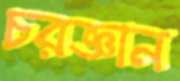
চরজ্ঞান